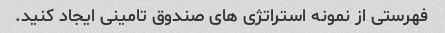
فهرستی از نمونه استراتژی های صندوق تامینی ایجاد کنید.